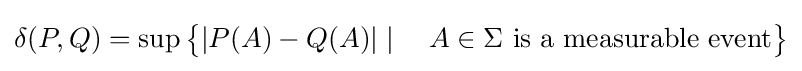
\delta (P,Q)=\sup {\bigl \{}|P(A)-Q(A)|\mid \quad A\in \Sigma {\text{ is a measurable event}}{\bigr \}}